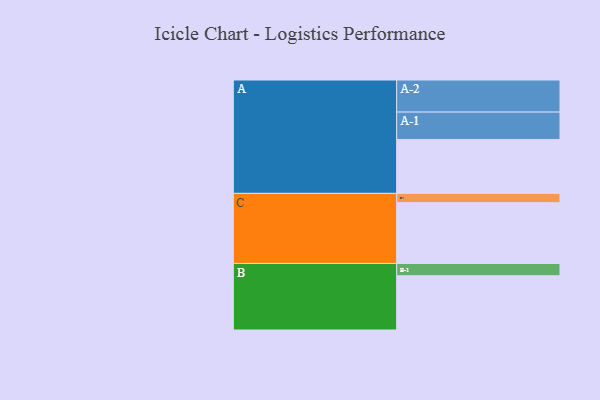
{"axis": {"x": "Segment", "y": "Value"}, "legend": ["", "A", "B", "C"], "data": [{"x": "A", "y": 457, "type": ""}, {"x": "B", "y": 460, "type": ""}, {"x": "C", "y": 515, "type": ""}, {"x": "A-1", "y": 232, "type": "A"}, {"x": "A-2", "y": 272, "type": "A"}, {"x": "B-1", "y": 104, "type": "B"}, {"x": "C-1", "y": 79, "type": "C"}]}